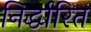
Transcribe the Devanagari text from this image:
निर्द्धारित